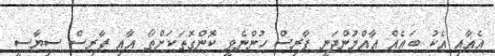
އެއާއި އެކު ބައެއް އާއްމުންދަނީ ފާރިސް ހުންނެވީ ކޮންގޮތަކަށްތޯ އާއި ފާރިސް ސިޔާސީ